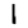
Digit: 1